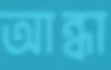
আন্ধা